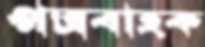
পত্রবাহক